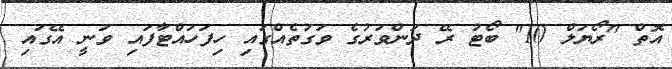
އޮތް "ރޯޔަލް 10" ބޯޓު ރޭ ދަންވަރުގެ ވަގުތެއްގައި ހިފަހައްޓާފައި ވަނީ އޭގައި